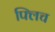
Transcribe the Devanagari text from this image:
फ्लिच